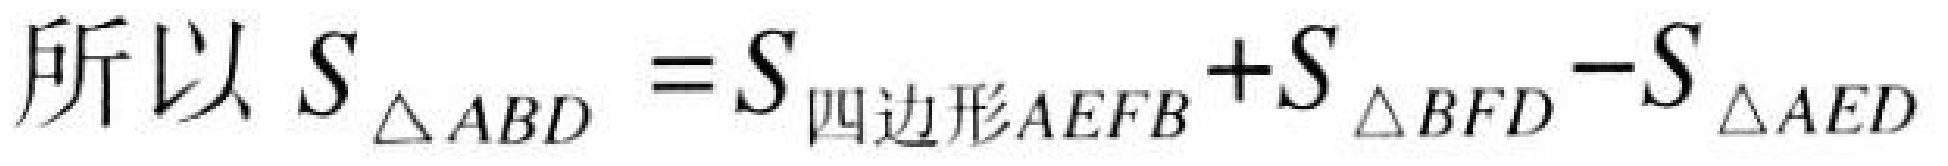
所以 \(S_{\triangle ABD}=S_{四边形AEFB}+S_{\triangle BFD}-S_{\triangle AED}\)